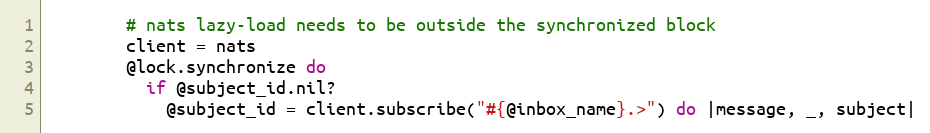
Language: Ruby
        # nats lazy-load needs to be outside the synchronized block
        client = nats
        @lock.synchronize do
          if @subject_id.nil?
            @subject_id = client.subscribe("#{@inbox_name}.>") do |message, _, subject|